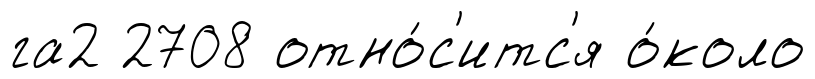
га2 2708 отно́с'итс'я о́коло